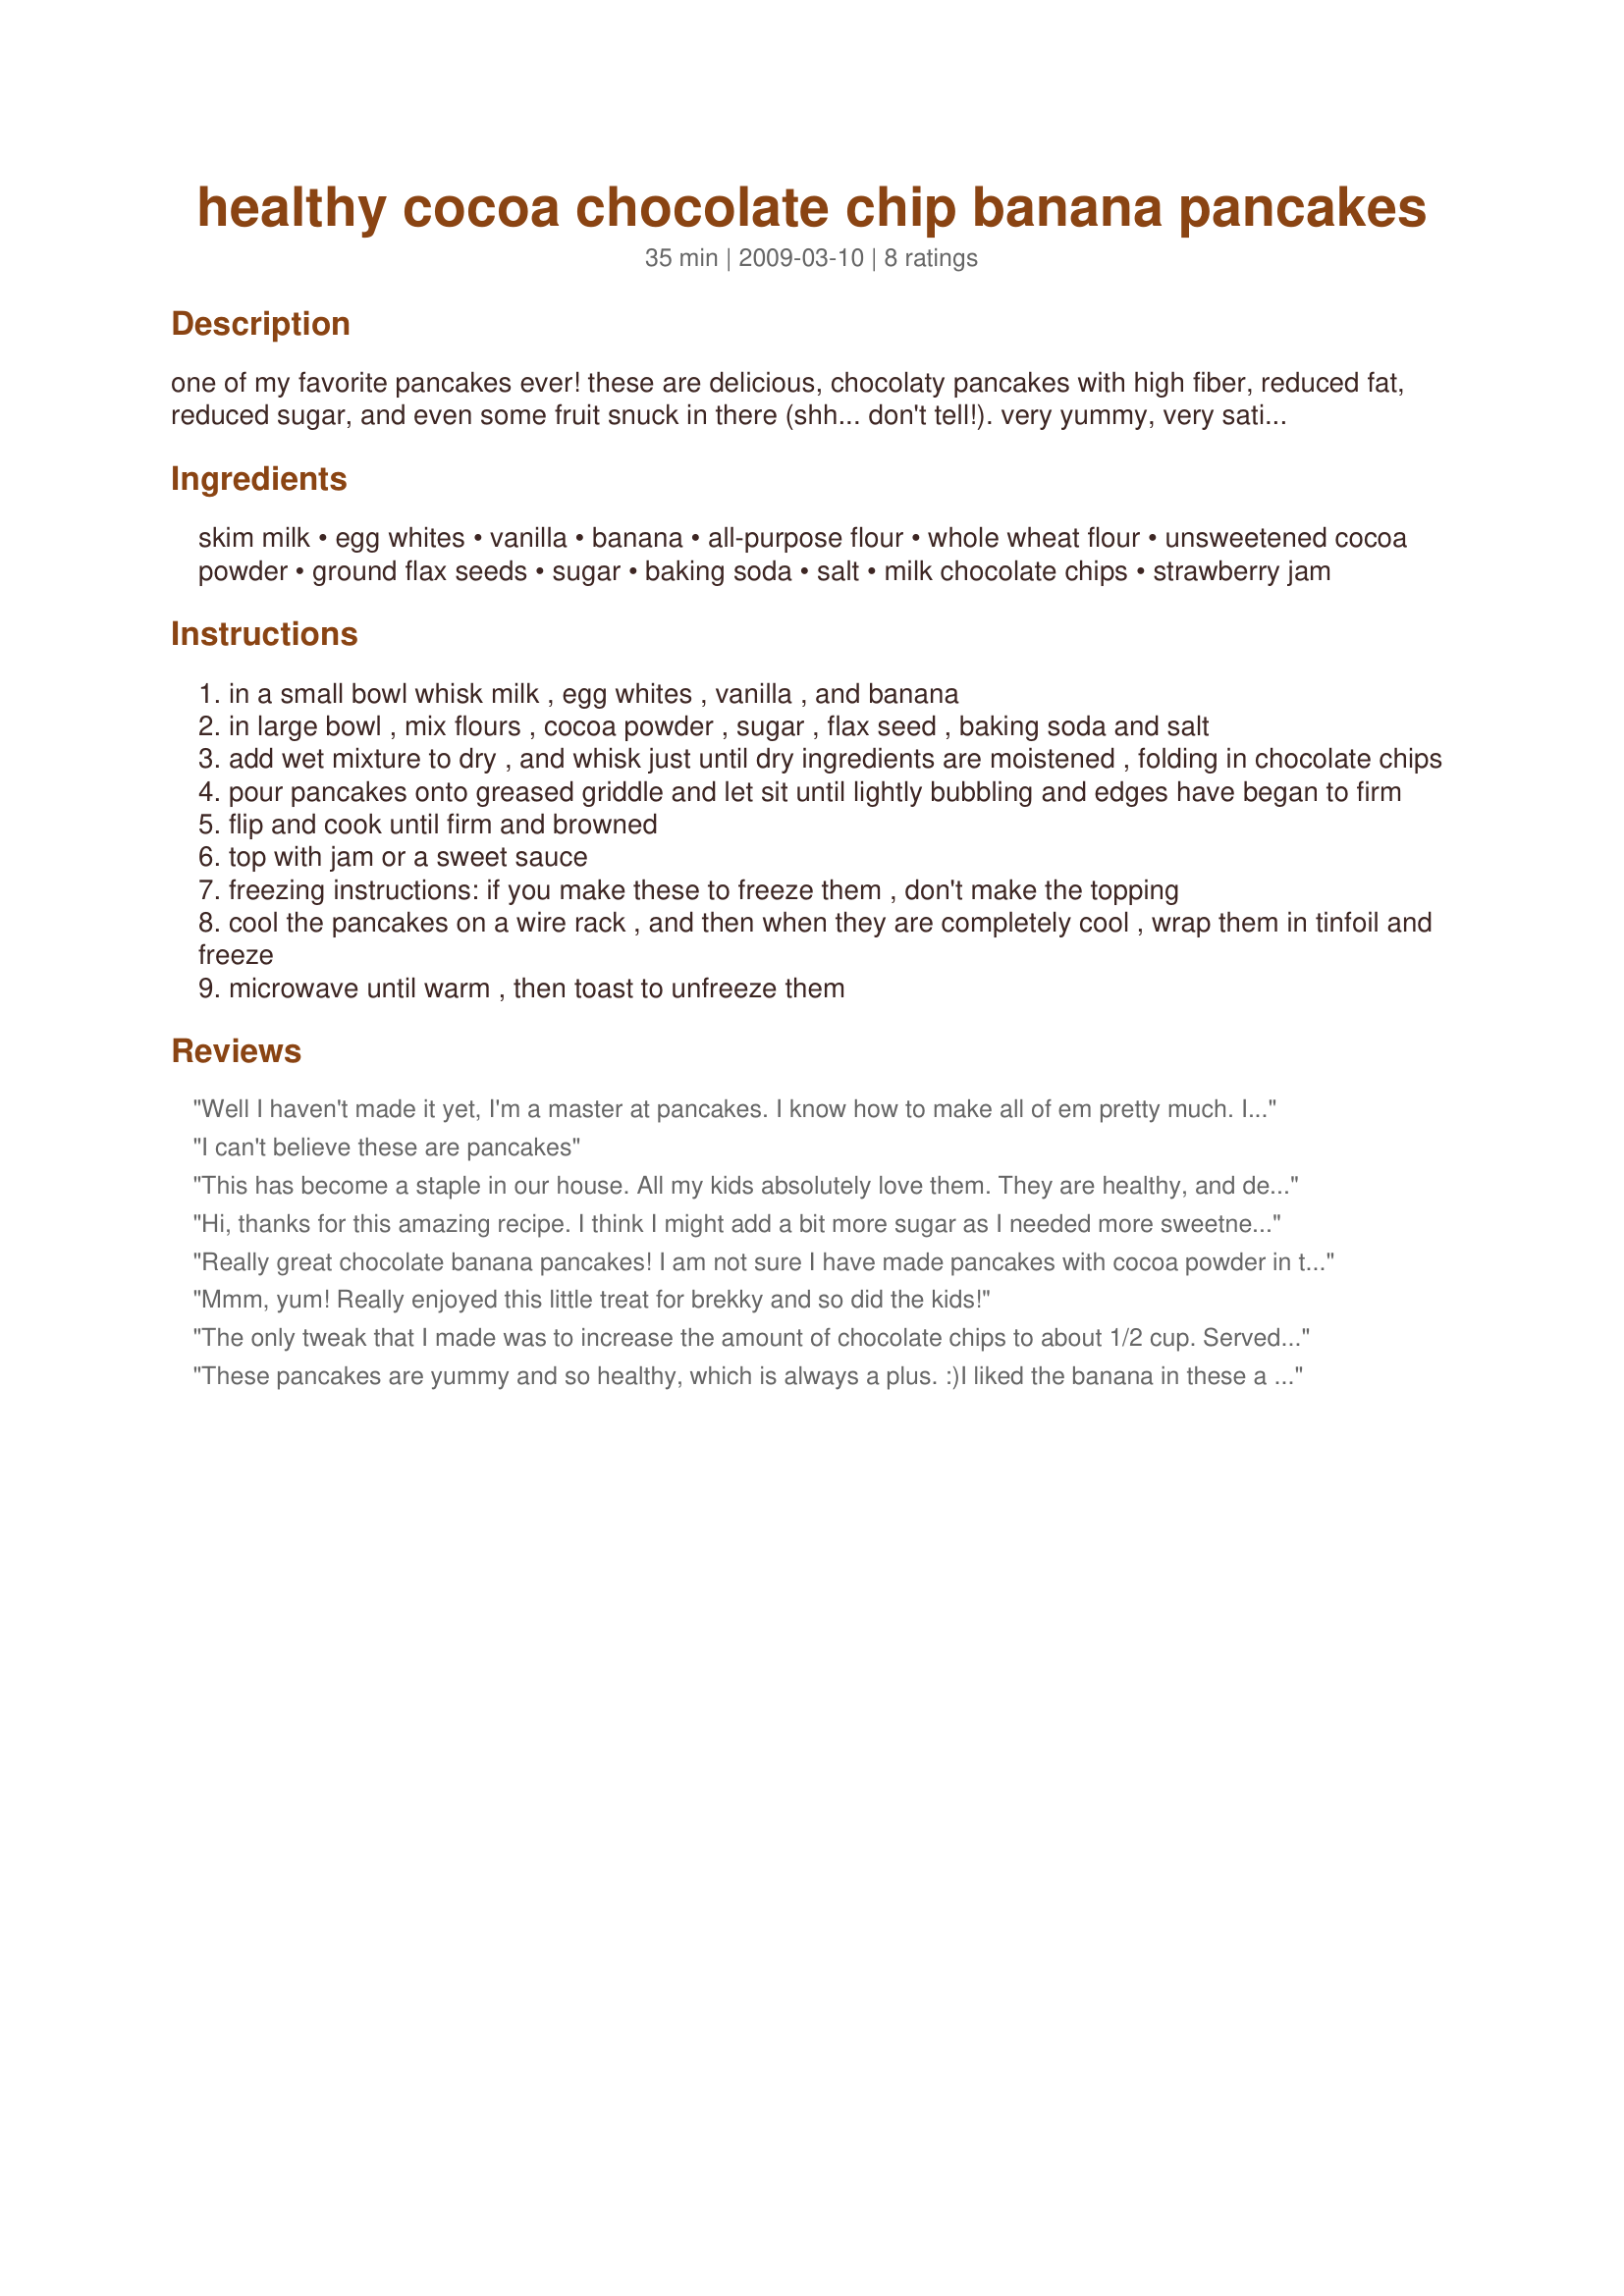
healthy cocoa chocolate chip banana pancakes
Preparation time: 35 minutes

one of my favorite pancakes ever! these are delicious, chocolaty pancakes with high fiber, reduced fat, reduced sugar, and even some fruit snuck in there (shh... don't tell!). very yummy, very satisfying. if you wish to enjoy these plain, boost the sugar and the chocolate chips.

Ingredients:
skim milk, egg whites, vanilla, banana, all-purpose flour, whole wheat flour, unsweetened cocoa powder, ground flax seeds, sugar, baking soda, salt, milk chocolate chips, strawberry jam

Steps:
in a small bowl whisk milk , egg whites , vanilla , and banana
in large bowl , mix flours , cocoa powder , sugar , flax seed , baking soda and salt
add wet mixture to dry , and whisk just until dry ingredients are moistened , folding in chocolate chips
pour pancakes onto greased griddle and let sit until lightly bubbling and edges have began to firm
flip and cook until firm and browned
top with jam or a sweet sauce
freezing instructions: if you make these to freeze them , don't make the topping
cool the pancakes on a wire rack , and then when they are completely cool , wrap them in tinfoil and freeze
microwave until warm , then toast to unfreeze them

Reviews:
Well I haven't made it yet, I'm a master at pancakes. I know how to make all of em pretty much. I mean this is so clear and will probably become the #489 best pancakes I would ever eat (I have like 20,000 different pancakes I like which are all in order from #20,000 to #1).
I can't believe these are pancakes
This has become a staple in our house. All my kids absolutely love them. They are healthy, and delicious! My kids are young, so don't eat a lot at one time, but by the end of the day all the pancakes that were not finished at breakfast have been eaten as snacks
Hi, thanks for this amazing recipe. I think I might add a bit more sugar as I needed more sweetness, and add a bit of cinnamon just for the flavor profile. Thank you!
Really great chocolate banana pancakes! I am not sure I have made pancakes with cocoa powder in them before, and it was a great add. I ended up just putting a whole (small) banana in this. I think macadamias would have been super in them too. We don't like things too sweet, but you were right, they did need syrup (but I think I also used half the chocolate chips as you too). The recipe made 11 medium pancakes for us. Thanks for this yummy recipe!
Mmm, yum! Really enjoyed this little treat for brekky and so did the kids!
The only tweak that I made was to increase the amount of chocolate chips to about 1/2 cup. Served with bananas, chopped pecans and homemade caramel sauce, they were excellent. I wouldn't say it was a healthy breakfast, but it was a good breakfast.
These pancakes are yummy and so healthy, which is always a plus. :)<br/>I liked the banana in these a lot, but found the choc chips disappeared a bit. I think next time I would leave them out. To make these vegan I used a flax egg and it worked out great.<br/>THANK YOU SO MUCH for sharing this great recipe with us, I Cant Believe Its Healthy!<br/>Made and reviewed for Think Pink October 2012.
